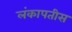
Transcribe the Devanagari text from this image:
लंकापतीस